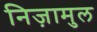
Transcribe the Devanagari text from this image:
निज़ामुल